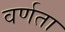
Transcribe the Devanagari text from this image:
वर्णता